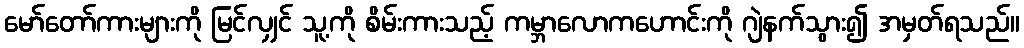
မော်တော်ကားများကို မြင်လျှင် သူ့ကို စိမ်းကားသည့် ကမ္ဘာလောကဟောင်းကို ဂျဲနက်သွား၍ အမှတ်ရသည်။